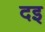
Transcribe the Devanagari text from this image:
दइ